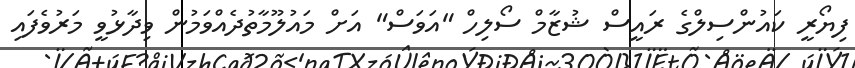
ފިޔޯރީ ކައުންސިލްގެ ރައީސް ޝުޒާމް ސޯލިހް "އަވަސް" އަށް މައުލޫމާތުދެއްވަމުން ވިދާޅުވީ މަރުވެފައި